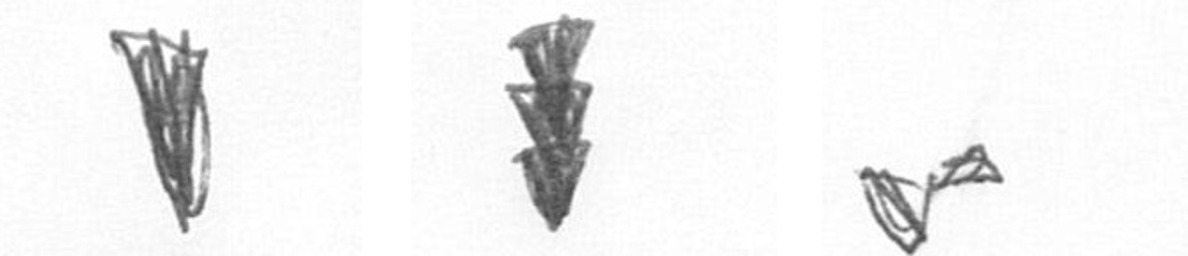
J E F